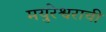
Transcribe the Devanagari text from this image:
मयुरेश्वराची